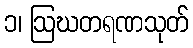
၁၊ ဩဃတရဏသုတ်